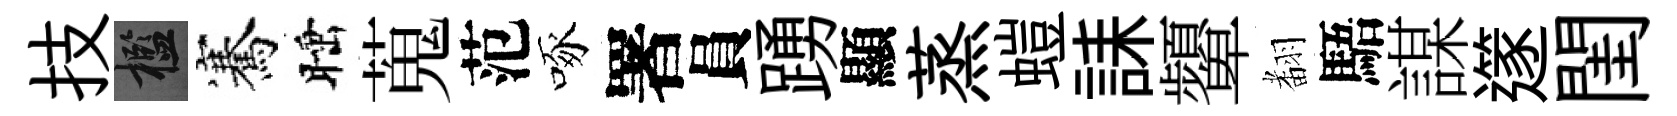
技檻騫睡蒐范啄署員踴顯蒸螘誄顰𮋒䮏謀𨗹閨